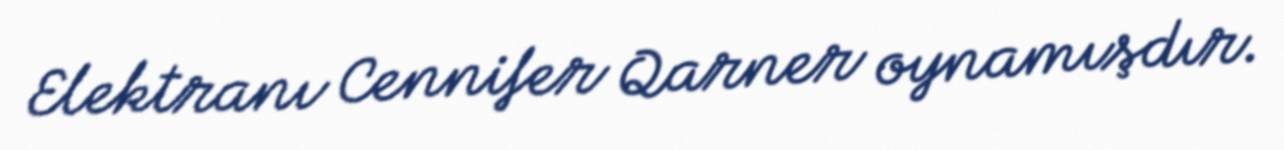
Elektranı Cennifer Qarner oynamışdır.